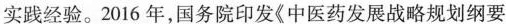
实践经验。2016年，国务院印发《中医药发展战略规划纲要